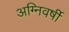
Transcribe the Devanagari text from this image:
अग्निवर्षी